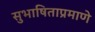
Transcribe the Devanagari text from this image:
सुभाषिताप्रमाणे